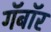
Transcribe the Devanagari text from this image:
गॅबॉर